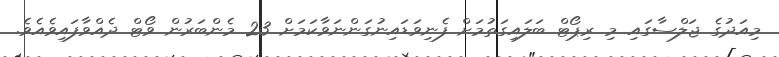
މިއަދުގެ ޖަލްސާގައި މި ރިޕޯޓް ބަލައިގަތުމަށް ފެނިވަޑައިނުގަންނަވާކަމަށް 23 މެންބަރުން ވޯޓް ދެއްވާފައިވެއެވެ.